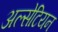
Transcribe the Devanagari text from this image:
अल्सेटियन